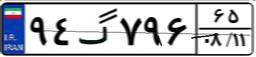
۹۴گ۷۹۶۶۵